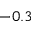
- 0 . 3